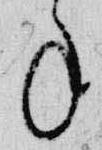
年